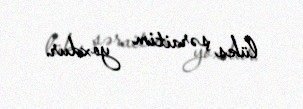
lüks şəraitim yoxdur.